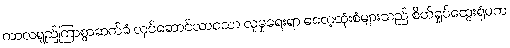
ကာလရှည်ကြာစွာဆက်ခံ လုပ်ဆောင်လာသော လူမှုရေးရာ ဓလေ့ထုံးစံများသည် စိတ်ရှုပ်ထွေးရုံမက